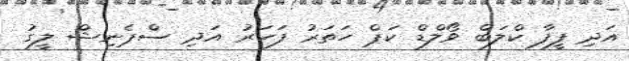
އަދި ފީފާ ކްލަބް ވޯލްޑް ކަޕް ހަތަރު ފަހަރު އަދި ސްޕެނިޝް ލީގު